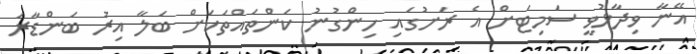
އޭނާ ވިދާޅުވީ ސަމިޓަށް އެ ރަށުގައި ހިންގުނު ކަންތައްތަކަށް ބަލާ އިރު ބަންޑާރަ